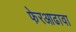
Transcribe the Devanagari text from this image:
फेरआढावा